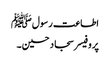
اطاعت رسولﷺ
پروفیسر سجاد حسین۔